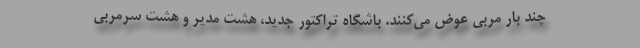
چند بار مربی عوض می‌کنند. باشگاه تراکتور جدید، هشت مدیر و هشت سرمربی